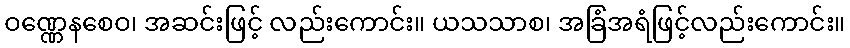
ဝဏ္ဏေနစေဝ၊ အဆင်းဖြင့် လည်းကောင်း။ ယသသာစ၊ အခြံအရံဖြင့်လည်းကောင်း။